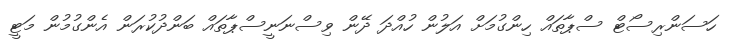
ހަސަންރިސޯޓް ސްޕާތައް ހިންގުމަށް އަލުން ހުއްދަ ދޭން ވިސްނަނީސްޕާތައް ބަންދުކުރަން އެންގުމުން މަޓީ